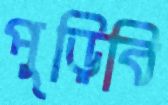
পুড়িবি